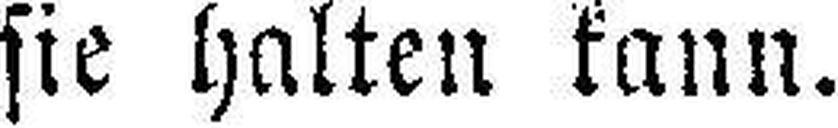
sie halten kann.